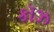
કૉઝ